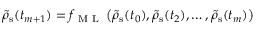
\tilde { \rho } _ { \mathrm { s } } ( t _ { m + 1 } ) = f _ { \mathrm { ~ M ~ L ~ } } \left( \tilde { \rho } _ { \mathrm { s } } ( t _ { 0 } ) , \tilde { \rho } _ { \mathrm { s } } ( t _ { 2 } ) , \dots , \tilde { \rho } _ { \mathrm { s } } ( t _ { m } ) \right)